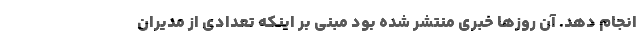
انجام دهد. آن روزها خبری منتشر شده بود مبنی بر اینکه تعدادی از مدیران